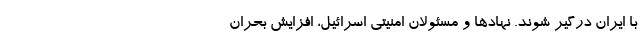
با ایران درگیر شوند. نهادها و مسئولان امنیتی اسرائیل، افزایش بحران